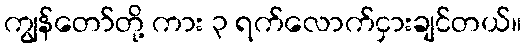
ကျွန်တော်တို့ ကား ၃ ရက်လောက်ငှားချင်တယ်။